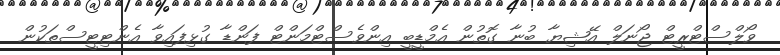
ވޯލްސްޓްރީޓް ޖޯނަލް އޭޝިޔާ ބުނާ ގޮތުން އެމްޑީބީ އިންވެސްޓްމަންޓް ފަންޑާ ގުޅިފައިވާ އެންޓިޓީސްތަކުން